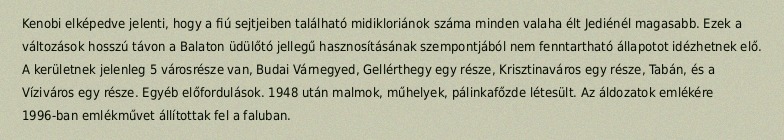
Kenobi elképedve jelenti, hogy a fiú sejtjeiben található midikloriánok száma minden valaha élt Jediénél magasabb. Ezek a változások hosszú távon a Balaton üdülőtó jellegű hasznosításának szempontjából nem fenntartható állapotot idézhetnek elő. A kerületnek jelenleg 5 városrésze van, Budai Várnegyed, Gellérthegy egy része, Krisztinaváros egy része, Tabán, és a Víziváros egy része. Egyéb előfordulások. 1948 után malmok, műhelyek, pálinkafőzde létesült. Az áldozatok emlékére 1996-ban emlékművet állítottak fel a faluban.